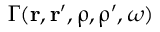
\Gamma ( \boldsymbol { \mathbf { r } } , \boldsymbol { \mathbf { r } } ^ { \prime } , \boldsymbol { \mathbf { \uprho } } , \boldsymbol { \mathbf { \uprho } } ^ { \prime } , \omega )